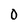
Character: 0